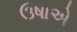
ઉષાએ